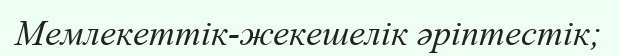
Мемлекеттік-жекешелік әріптестік;